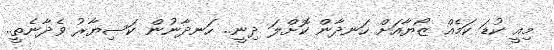
މިއީ ކުޑަ ކަމެއް ޒޯޔާއަށް ހަނދާން ކޮށްލަ ދިނީ.. ހަނދާނުން ކަސިޔާރު ވެދާނެތީ..